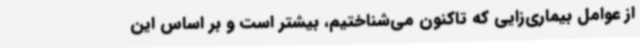
از عوامل بیماری‌زایی که تاکنون می‌شناختیم، بیشتر است و بر اساس این